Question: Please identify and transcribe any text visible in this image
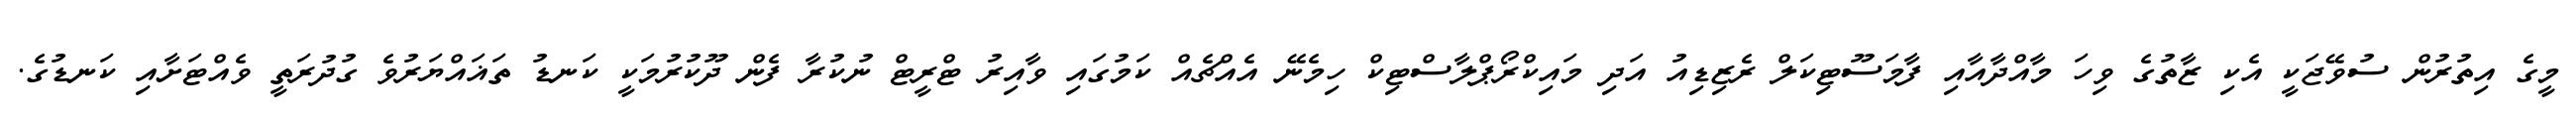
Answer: މީގެ އިތުރުން ސުވޭޖަކީ އެކި ޒާތުގެ ވިހަ މާއްދާއާއި ފާމަސޫޓިކަލް ރެޒިޑިއު އަދި މައިކްރޯޕްލާސްޓިކް ހިމެނޭ އެއްޗެއް ކަމުގައި ވާއިރު ޓްރީޓް ނުކުރާ ފެން ދޫކުރުމަކީ ކަނޑު ތަޣައްޔަރުވެ ގުދުރަތީ ވެއްޓަށާއި ކަނޑުގެ.